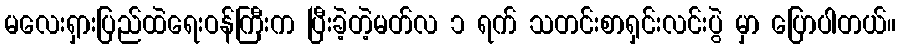
မလေးရှားပြည်ထဲရေးဝန်ကြီးက ပြီးခဲ့တဲ့မတ်လ ၁ ရက် သတင်းစာရှင်းလင်းပွဲ မှာ ပြောပါတယ်။